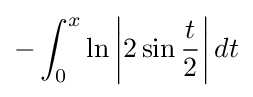
-\int _{0}^{x}\ln \left|2\sin {\frac {t}{2}}\right|dt